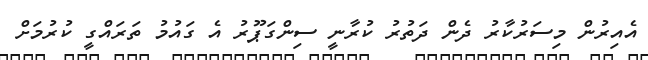
އެއިރުން މިސަރުކާރު ދެން ދަތުރު ކުރާނީ ސިންގަޕޫރު އެ ގައުމު ތަރައްގީ ކުރުމަށް